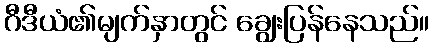
ဂီဒီယံ၏မျက်နှာတွင် ချွေးပြန်နေသည်။